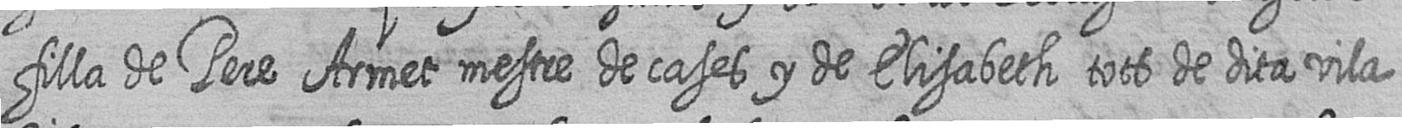
filla de Pere Armet mestre de cases y de Elisabeth tots de dita vila